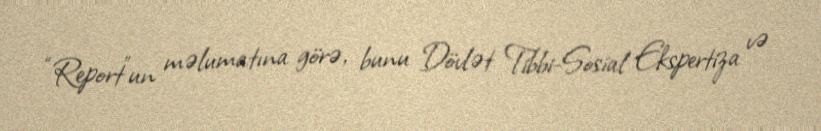
“Report”un məlumatına görə, bunu Dövlət Tibbi-Sosial Ekspertiza və